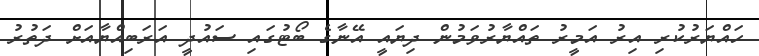
ހައްޔަރުކުރި އިރު އަމީރު ތައްޔާރުވަމުން ދިޔައީ އޭނާގެ ބޯޓުގައި ސައުދީ އަރަބިއްޔާއަށް ދަތުރު